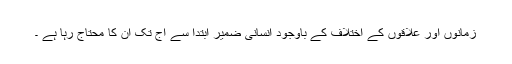
زمانوں اور علاقوں کے اختلاف کے باوجود انسانی ضمیر ابتدا سے آج تک ان کا محتاج رہا ہے ۔